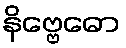
နိဗ္ဗေဓော